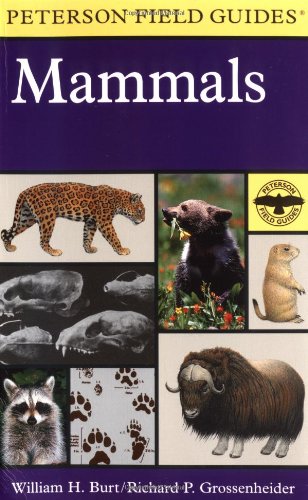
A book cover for A Field Guide to Mammals: North America north of Mexico (Peterson Field Guides); William H. Burt; Sports & Outdoors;